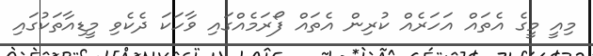
މިއީ މީގެ އެތައް އަހަރެއް ކުރިން އެތައް ފޯރަމެއްގައި ވާހަކަ ދެކެވި މީޑިއާތަކުގައި